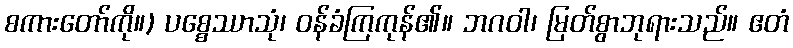
စကားတော်ကို။) ပစ္စေဿာသုံ၊ ဝန်ခံကြကုန်၏။ ဘဂဝါ၊ မြတ်စွာဘုရားသည်။ ဧတံ